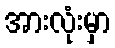
အားလုံးမှာ